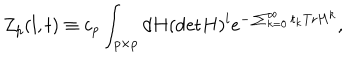
Z _ { p } ( l , t ) \equiv c _ { p } \int _ { p \times p } d H ( \mathrm { d e t } H ) ^ { l } e ^ { - \sum _ { k = 0 } ^ { \infty } t _ { k } \mathrm { T r } H ^ { k } } ,